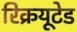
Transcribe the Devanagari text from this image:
रिक्रयूटेड